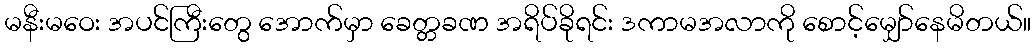
မနီးမဝေး အပင်ကြီးတွေ အောက်မှာ ခေတ္တခဏ အရိပ်ခိုရင်း ဒကာမအလာကို စောင့်မျှော်နေမိတယ်။